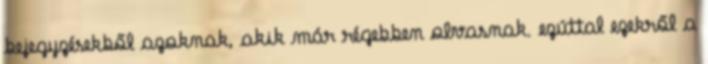
bejegyzésekből azoknak, akik már régebben olvasnak. ezúttal ezekről a